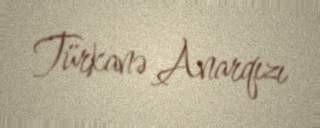
Türkanə Anarqızı